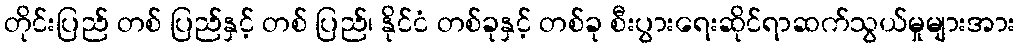
တိုင်းပြည် တစ် ပြည်နှင့် တစ် ပြည်၊ နိုင်ငံ တစ်ခုနှင့် တစ်ခု စီးပွားရေးဆိုင်ရာဆက်သွယ်မှုများအား